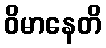
ဝိမာနေတိ